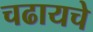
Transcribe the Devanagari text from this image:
चढायचे